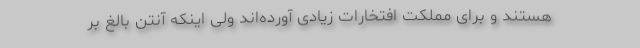
هستند و برای مملکت افتخارات زیادی آورده‌اند ولی اینکه آنتن بالغ بر